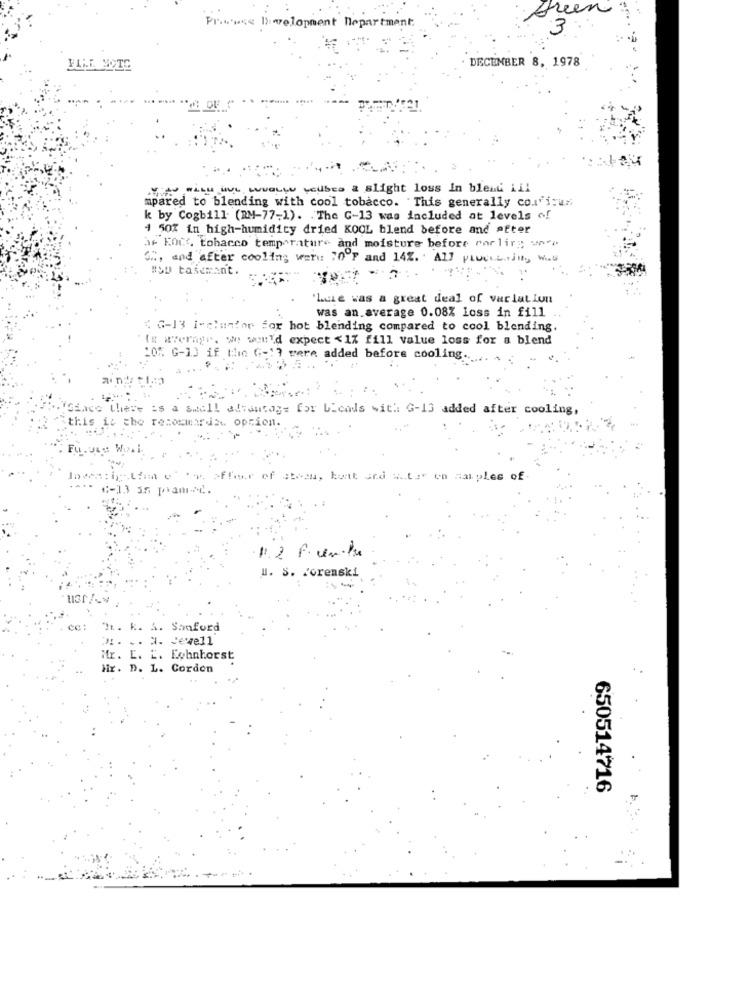
Areen
Prince liwelopment Department.
3
DECEMBER 8, 1978
THAT WILL BUL WOLLE weUses a slight loss In bleat ALL
mpared to blending with cool tobacco. This generally con'i:un
k by Cogbill (RM-77-1). The G-13 was included at levels of
4 50% in high-humidity dried KOOL blend before and after
af FOCC tobacco temperature and moisture before carling se
Oh, and after cooling wer: 20 7 and 142. All prochaine, was
#SD tasemant.
'Luke was a great deal of varlat Iun
was an average 0.08% loss in fill
G-13 i-clanioe for hot blending compared to cool blending.
"Is average. We would expect <1% fill value loss for a blend
10% G-13 if the G -:? vere added before cooling
&will altantog= for bicads with G-13 added after cooling,
maria. oprio
the ren
>Ffer of abrou, kent and water on samples of
13 35 pramid
11.2 f. un.ku
u. S. /orenski
ce:
h. k. A. Sanford
. 3. Jewell
Mr. L. L. Lohnhorst
Hir. D. L. Cordon
650514716
*4